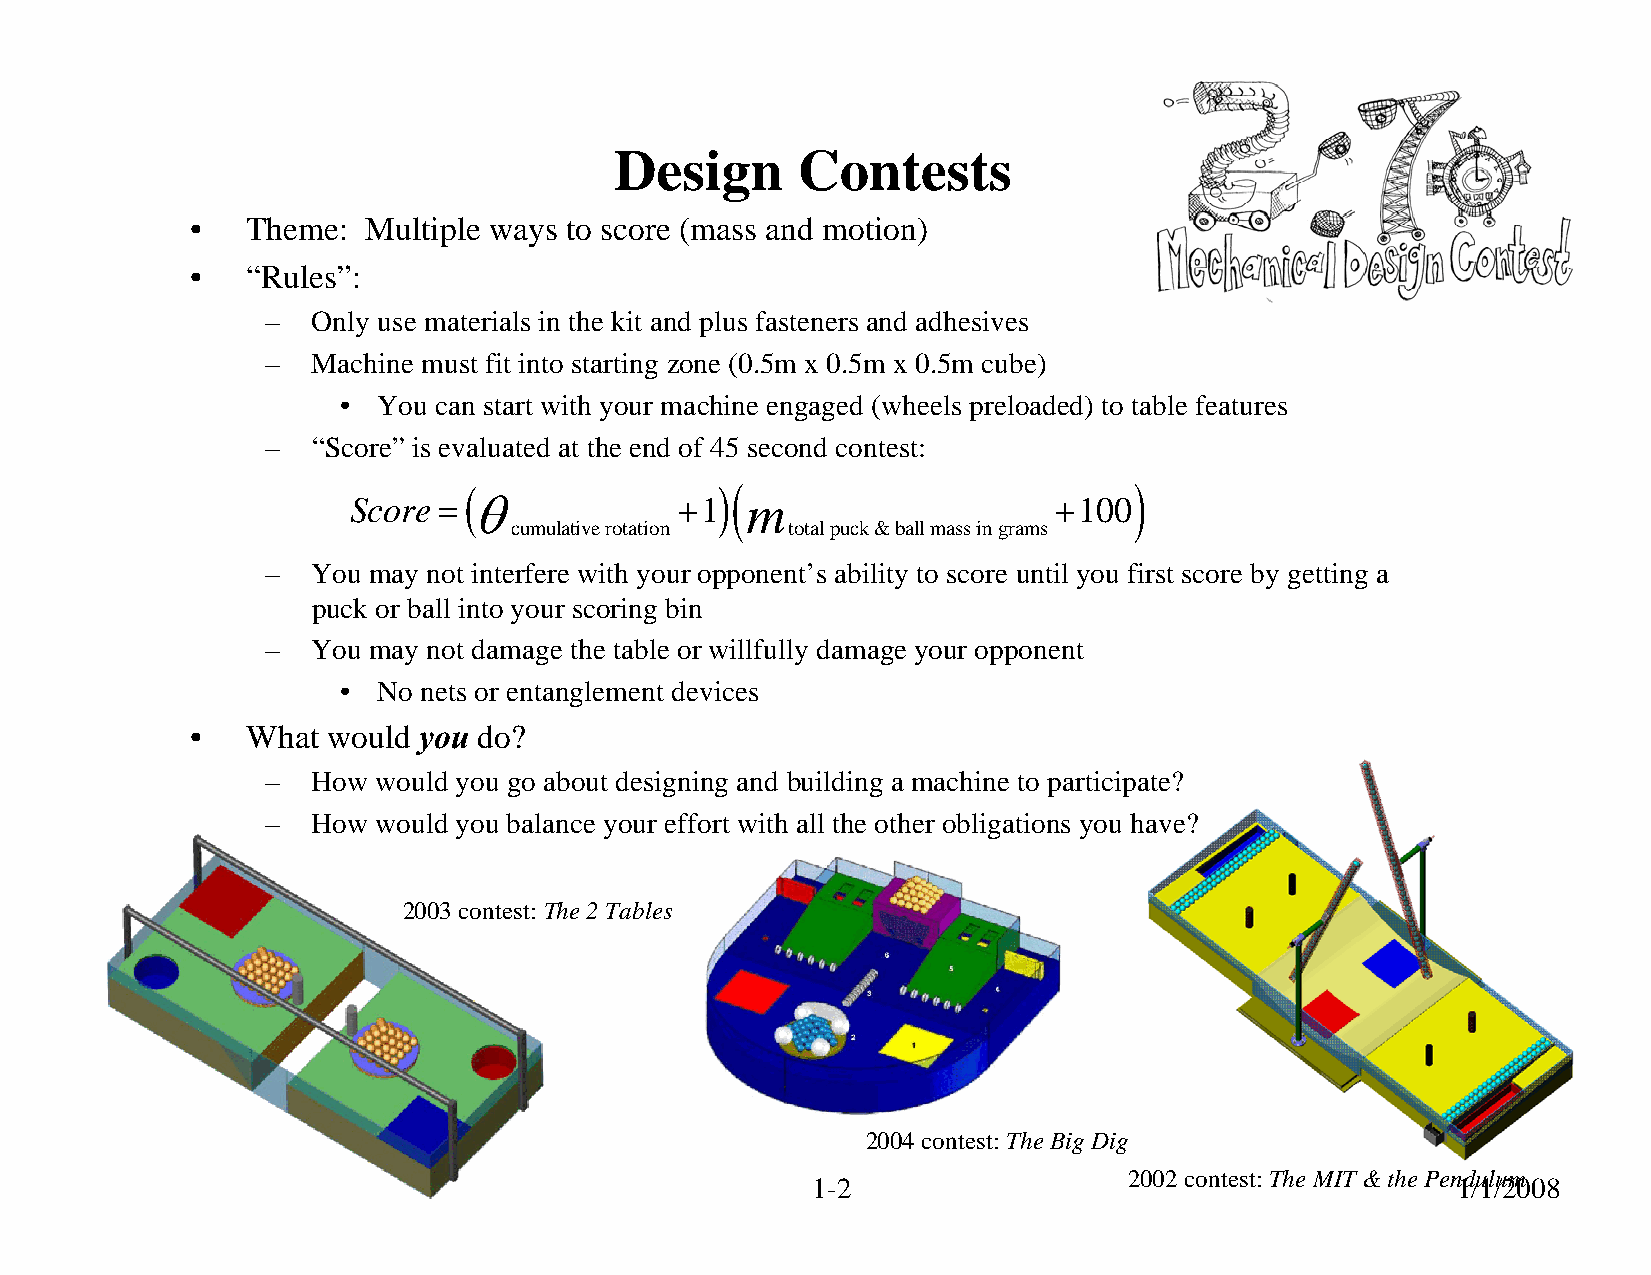
Design      Contests
 •  Theme:  Multiple ways to score (mass and motion)
 •  “Rules”:
 –  Only use materials in the kit and plus fasteners and adhesives
 –  Machine must fit into starting zone (0.5m x 0.5m x 0.5m cube)
 • You can start with your machine engaged (wheels preloaded) to table features
 –  “Score” is evaluated at the end of 45 second contest:
 (                )(                         )
 Score = θ             +1  m                    +100
 cumulative rotation total puck & ball mass in grams
 –  You may not interfere with your opponent’s ability to score until you first score by getting a
 puck or ball into your scoring bin
 –  You may not damage the table or willfully damage your opponent
 • No nets or entanglement devices
 •  What  would you do?
 –  How would you go about designing and building a machine to participate?
 –  How would you balance your effort with all the other obligations you have?
 2003 contest: The 2 Tables
 2004 contest: The Big Dig
 2002 contest: The MIT & the Pendulum
 © 2008 Alexander Slocum                         1-2                                       1/1/2008